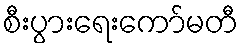
စီးပွားရေးကော်မတီ